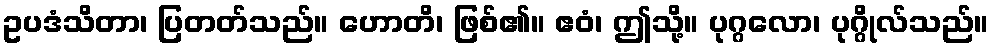
ဥပဒံသိတာ၊ ပြတတ်သည်။ ဟောတိ၊ ဖြစ်၏။ ဧဝံ၊ ဤသို့။ ပုဂ္ဂလော၊ ပုဂ္ဂိုလ်သည်။